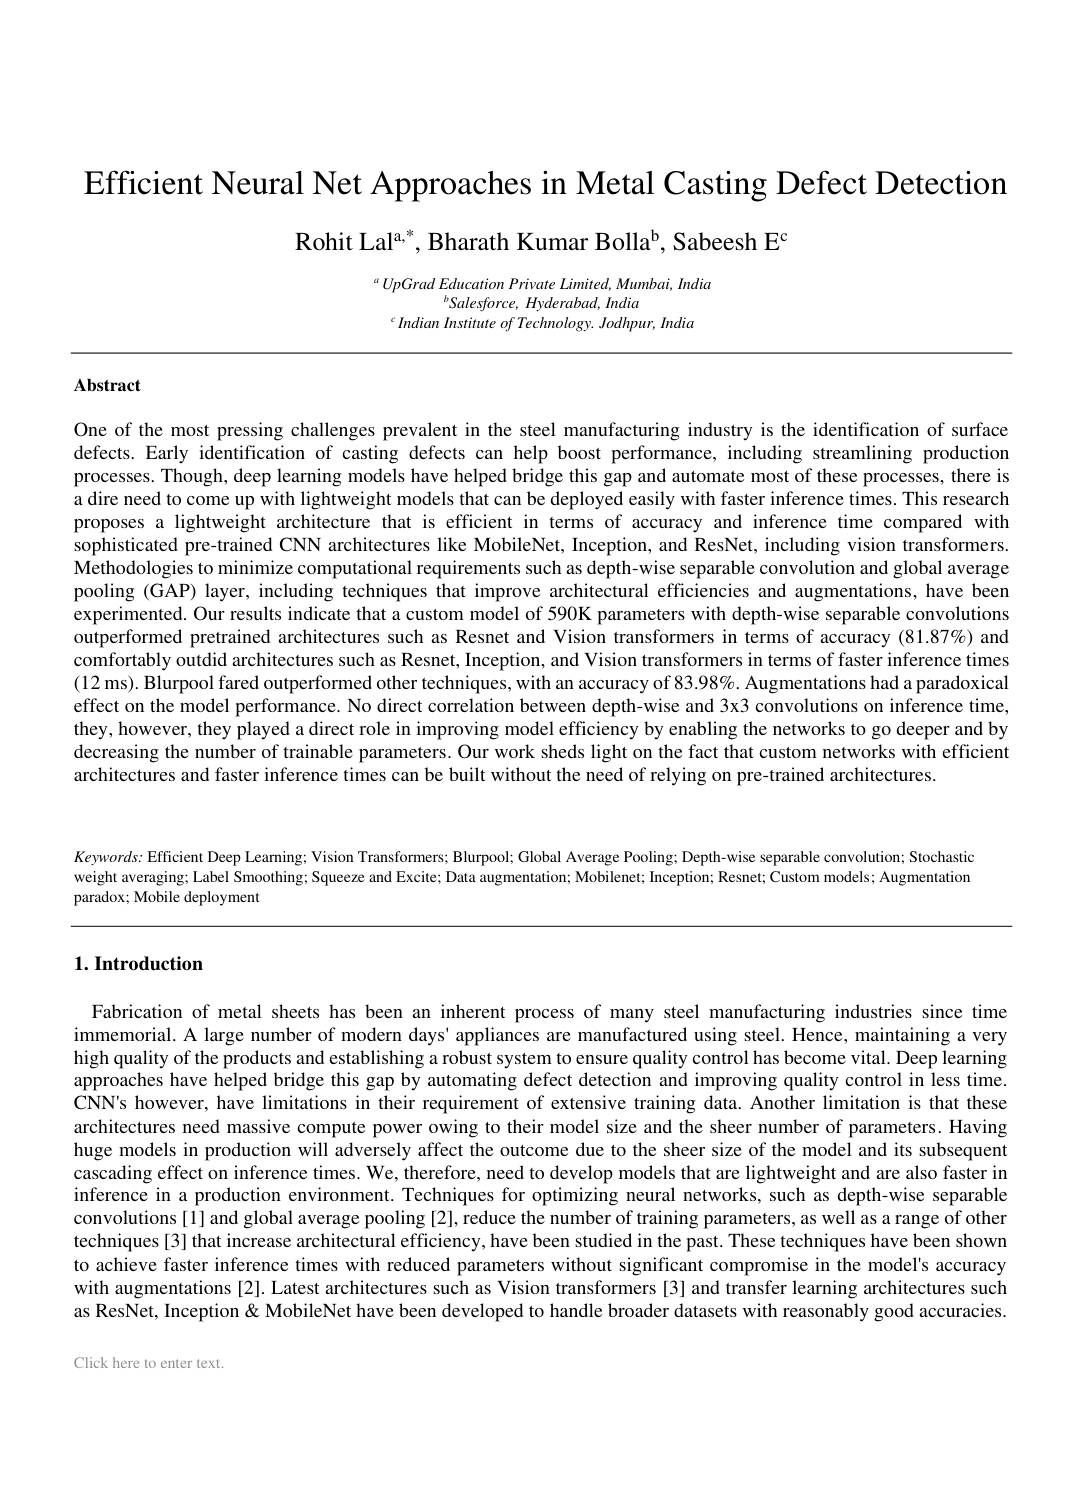
Efficient Neural Net Approaches in Metal Casting Defect Detection

Rohit La$l^{a, * }$, Bharath Kumar Boll$a^{b}$, Sabeesh $E^{c}$

$^{a}UpGradEducation$ Private Limited, Mumbai, India
${}^{b}Salesforce,Hyderabad,India$
$^cIndian$ Institute of Technology. Jodhpur, India

### Abstract

One of the most pressing challenges prevalent in the steel manufacturing industry is the identification of surface defects. Early identification of casting defects can help boost performance, including streamlining production processes. Though, deep learning models have helped bridge this gap and automate most of these processes, there is a dire need to come up with lightweight models that can be deployed easily with faster inference times. This research proposes a lightweight architecture that is efficient in terms of accuracy and inference time compared with sophisticated pre-trained CNN architectures like MobileNet, Inception, and ResNet, including vision transformers Methodologies to minimize computational requirements such as depth-wise separable convolution and global average pooling (GAP) layer, including techniques that improve architectural efficiencies and augmentations, have been experimented. Our results indicate that a custom model of 590K parameters with depth-wise separable convolutions outperformed pretrained architectures such as Resnet and Vision transformers in terms of accuracy (81.87%) and comfortably outdid architectures such as Resnet, Inception, and Vision transformers in terms of faster inference times (12 ms). Blurpool fared outperformed other techniques, with an accuracy of 83.98%. Augmentations had a paradoxical effect on the model performance. No direct correlation between depth-wise and 3x3 convolutions on inference time, they, however, they played a direct role in improving model efficiency by enabling the networks to go deeper and by decreasing the number of trainable parameters. Our work sheds light on the fact that custom networks with efficient architectures and faster inference times can be built without the need of relying on pre-trained architectures.

Keywords: Efficient Deep Learning; Vision Transformers; Blurpool; Global Average Pooling; Depth-wise separable convolution; Stochasticeris $(x)=0$ Teristing; Vision Transformers; Blurpoool; Global Average Pooling; Depth-wise separable convolution; Stocha weight averaging; Label Smoothing; Squeeze and Excite; Data augmentation; Mobilenet; Inception; Resnet; Custom models; Augmentation paradox; Mobile deployment

## 1. Introduction

Fabrication of metal sheets has been an inherent process of many steel manufacturing industries since time immemorial. A large number of modern days' appliances are manufactured using steel. Hence, maintaining a very high quality of the products and establishing a robust system to ensure quality control has become vital. Deep learning approaches have helped bridge this gap by automating defect detection and improving quality control in less time. CNN's however, have limitations in their requirement of extensive training data. Another limitation is that these architectures need massive compute power owing to their model size and the sheer number of parameters. Having huge models in production will adversely affect the outcome due to the sheer size of the model and its subsequent cascading effect on inference times. We, therefore, need to develop models that are lightweight and are also faster in inference in a production environment. Techniques for optimizing neural networks, such as depth-wise separable convolutions [1] and global average pooling [2], reduce the number of training parameters, as well as a range of other techniques[3] that increase architectural efficiency, have been studied in the past. These techniques have been shown to achieve faster inference times with reduced parameters without significant compromise in the model's accuracy with augmentations [2]. Latest architectures such as Vision transformers [3] and transfer learning architectures such as ResNet, Inception & MobileNet have been developed to handle broader datasets with reasonably good accuracies.

Click here to enter text.